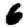
Digit: 6